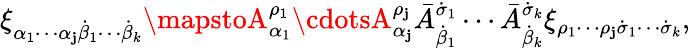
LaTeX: \xi_{\alpha_{1}\cdots\alpha_{\mathbf{j}}\dot{{\beta}}_{1}\cdots\dot{{\beta}}_{k}}\mapstoA_{\alpha_{1}}^{\rho_{1}}\cdotsA_{\alpha_{\mathbf{j}}}^{\rho_{\mathbf{j}}}\bar{{A}}_{\dot{{\beta}}_{1}}^{\dot{{\sigma}}_{1}}\cdots\bar{{A}}_{\dot{{\beta}}_{k}}^{\dot{{\sigma}}_{k}}\xi_{\rho_{1}\cdots\rho_{\mathbf{j}}\dot{{\sigma}}_{1}\cdots\dot{{\sigma}}_{k}},